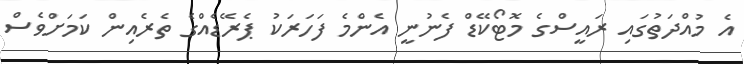
އެ މުއްދަތުގައި ރައީސްގެ މޮޓޯކޭޑް ފެނުނީ އެންމެ ފަހަރަކު ޕެރޭޑެއްގެ ތެރެއިން ކަމަށްވެސް